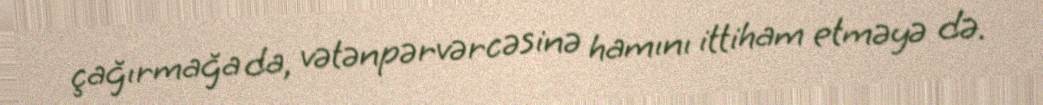
çağırmağa da, vətənpərvərcəsinə hamını ittiham etməyə də.